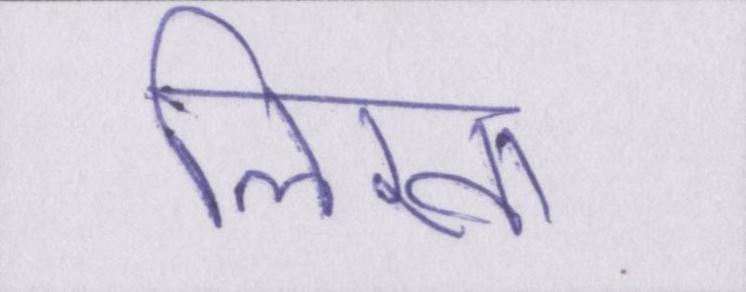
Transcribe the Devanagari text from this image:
लिखा।